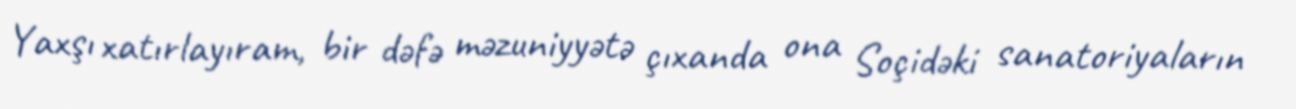
Yaxşı xatırlayıram, bir dəfə məzuniyyətə çıxanda ona Soçidəki sanatoriyaların